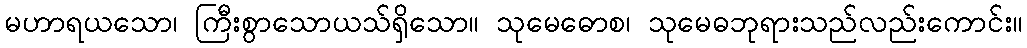
မဟာရယသော၊ ကြီးစွာသောယသ်ရှိသော။ သုမေဓောစ၊ သုမေဓဘုရားသည်လည်းကောင်း။